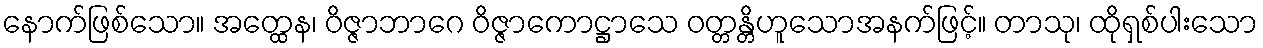
နောက်ဖြစ်သော။ အတ္ထေန၊ ဝိဇ္ဇာဘာဂေ ဝိဇ္ဇာကောဋ္ဌာသေ ဝတ္တန္တိဟူသောအနက်ဖြင့်။ တာသု၊ ထိုရှစ်ပါးသော